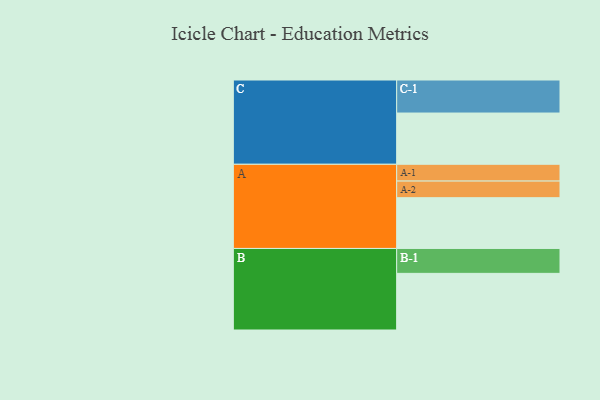
{"axis": {"x": "Segment", "y": "Value"}, "legend": ["", "A", "B", "C"], "data": [{"x": "A", "y": 424, "type": ""}, {"x": "B", "y": 473, "type": ""}, {"x": "C", "y": 428, "type": ""}, {"x": "A-1", "y": 140, "type": "A"}, {"x": "A-2", "y": 139, "type": "A"}, {"x": "B-1", "y": 208, "type": "B"}, {"x": "C-1", "y": 276, "type": "C"}]}